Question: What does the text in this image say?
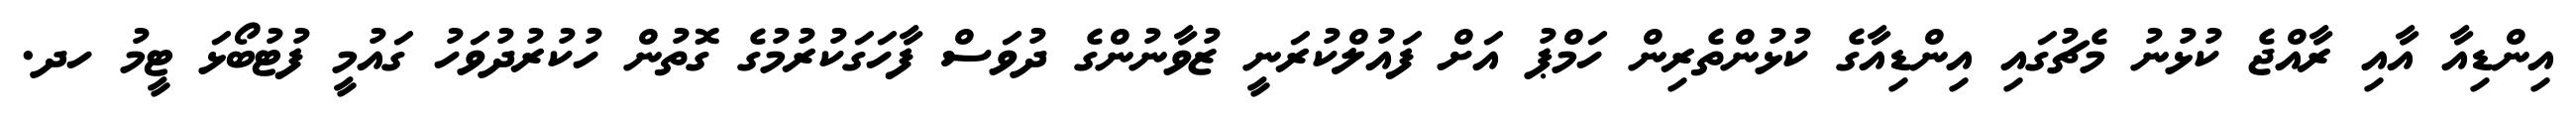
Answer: އިންޑިއާ އާއި ރާއްޖެ ކުޅުނު މެޗުގައި އިންޑިއާގެ ކުޅުންތެރިން ހަމްޕު އަށް ފައުލްކުރަނީ ޒުވާނުންގެ ދުވަސް ފާހަގަކުރުމުގެ ގޮތުން ހުކުރުދުވަހު ގައުމީ ފުޓުބޯޅަ ޓީމު ހދ.